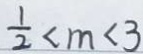
\frac { 1 } { 2 } < m < 3